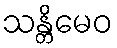
သန္တိမေဝ